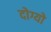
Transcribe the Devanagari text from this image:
दोग्यो